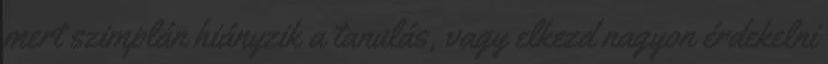
mert szimplán hiányzik a tanulás, vagy elkezd nagyon érdekelni